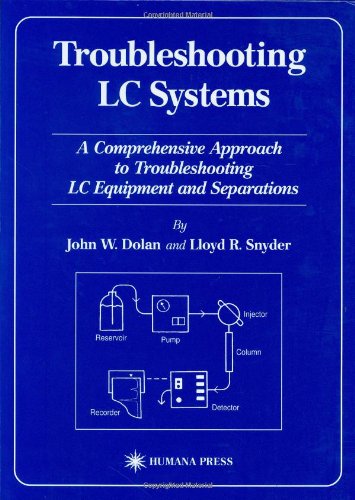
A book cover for Troubleshooting LC Systems: A Comprehensive Approach to Troubleshooting LC Equipment and Separations; John W. Dolan; Science & Math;